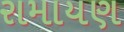
રામાયણ